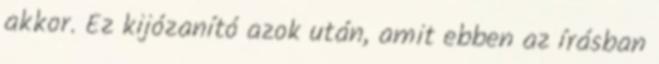
akkor. Ez kijózanító azok után, amit ebben az írásban